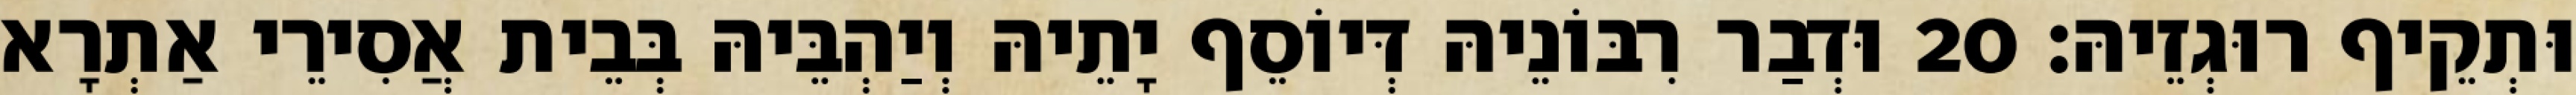
וּתְקֵיף רוּגְזֵיהּ׃ 20 וּדְבַר רִבּוֹנֵיהּ דְּיוֹסֵף יָתֵיהּ וְיַהְבֵּיהּ בְּבֵית אֲסִירֵי אַתְרָא